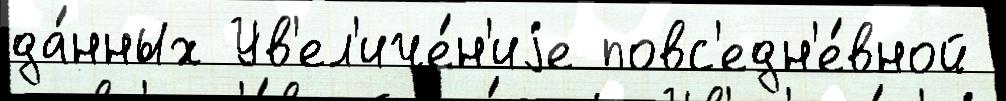
да́нных Ув'ел'иче́н'иjе повс'едн'е́вной